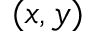
( x , y )